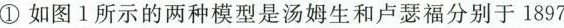
①如图1所示的两种模型是汤姆生和卢瑟福分别于1897